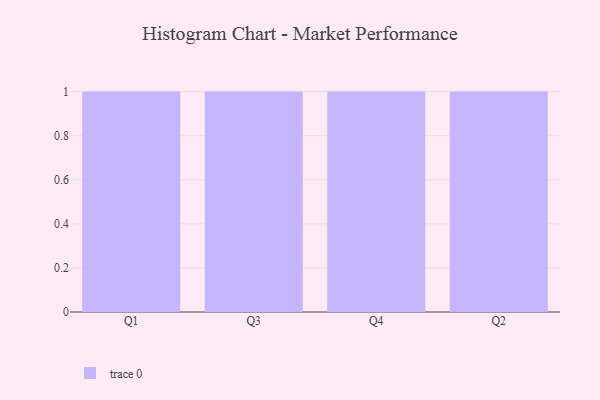
{"axis": {"x": "Quarter", "y": "Revenue (USD Million)"}, "legend": [""], "data": [{"x": "Q1", "y": 72, "type": ""}, {"x": "Q3", "y": 26, "type": ""}, {"x": "Q4", "y": 83, "type": ""}, {"x": "Q2", "y": 57, "type": ""}]}